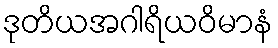
ဒုတိယအဂါရိယဝိမာနံ